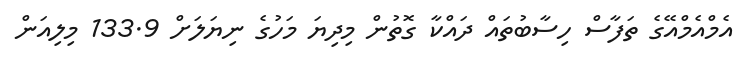
އެމްއެމްއޭގެ ތަފާސް ހިސާބުތައް ދައްކާ ގޮތުން މިދިޔަ މަހުގެ ނިޔަލަށް 133.9 މިލިއަން